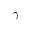
\gamma